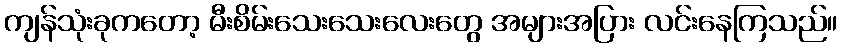
ကျန်သုံးခုကတော့ မီးစိမ်းသေးသေးလေးတွေ အများအပြား လင်းနေကြသည်။